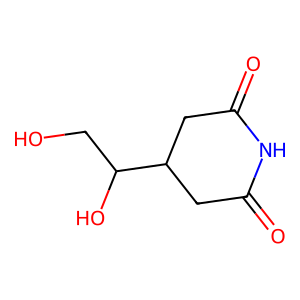
SMILES: O=C1CC(C(O)CO)CC(=O)N1
Inhibits HIV replication: No